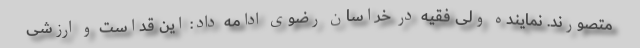
متصورند. نماینده ولی فقیه در خراسان رضوی ادامه داد: این قداست و ارزشی